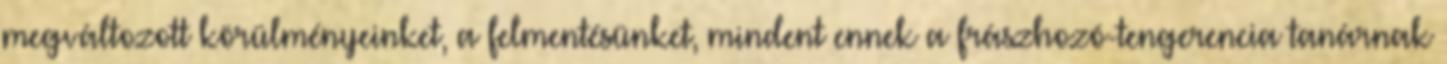
megváltozott körülményeinket, a felmentésünket, mindent ennek a frászhozó-tengerencia tanárnak